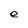
Character: e